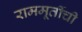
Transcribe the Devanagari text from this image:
राममूर्तीची